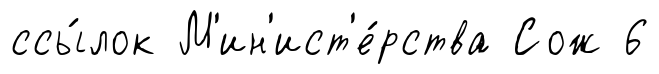
ссы́лок М'ин'ист'е́рства Сож 6